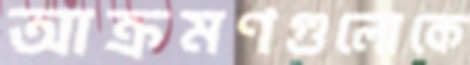
আক্রমণগুলোকে